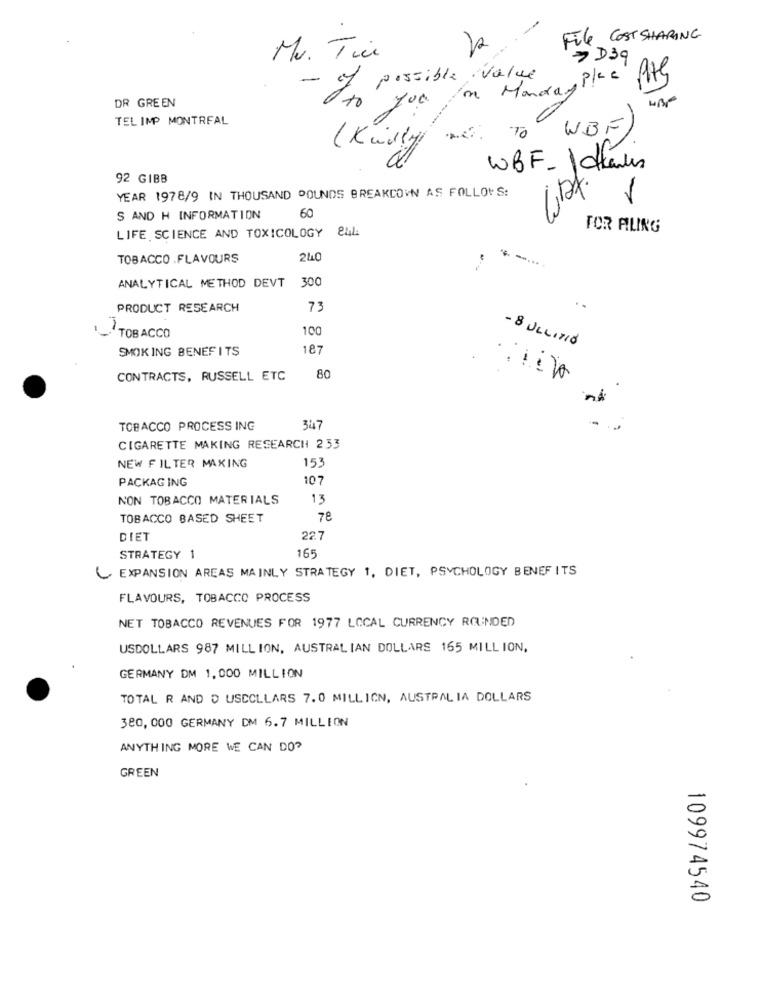
File COST SHARING
12
Mr. Tien
7 D3g
- cy possible value
on MandasPlc
DR GREEN
to you
TEL IMP MONTREAL
WBF
TO
(Kindly
WBF- 1 dians
92 GIBB
YEAR 1978/9 IN THOUSAND POUNDS BREAKDOWN AS FOLLOWS:
S AND H INFORMATION
60
LIFE SCIENCE AND TOXICOLOGY 84L
FOR AILING
TOBACCO .FLAVOURS
240
ANALYTICAL METHOD DEVT
300
PRODUCT RESEARCH
73
100
TOBACCO
SMOKING BENEFITS
187
- 8 ULLITIO
CONTRACTS, RUSSELL ETC
80
TOBACCO PROCESS ING
347
CIGARETTE MAKING RESEARCH 233
153
NEW FILTER MAKING
PACKAGING
107
NON TOBACCO MATERIALS
13
TOBACCO BASED SHEET
78
DIET
STRATEGY 1
165
EXPANSION AREAS MAINLY STRATEGY 1, DIET, PSYCHOLOGY BENEFITS
FLAVOURS, TOBACCO PROCESS
NET TOBACCO REVENUES FOR 1977 LOCAL CURRENCY ROUNDED
USDOLLARS 987 MILLION, AUSTRALIAN DOLLARS 165 MILLION,
GERMANY DM 1,000 MILLION
TOTAL R AND D USCOLLARS 7. 0 MILLION, AUSTRALIA DOLLARS
380,000 GERMANY DM 6.7 MILLION
ANYTHING MORE WE CAN DO?
GREEN
109974540